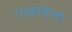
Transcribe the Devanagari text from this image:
पान्हावली